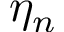
\eta _ { n }